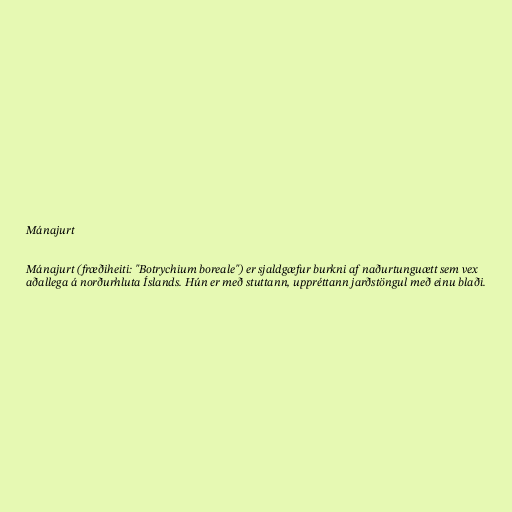
Mánajurt

Mánajurt (fræðiheiti: "Botrychium boreale") er sjaldgæfur burkni af naðurtunguætt sem vex
aðallega á norðurhluta Íslands. Hún er með stuttann, uppréttann jarðstöngul með einu blaði.